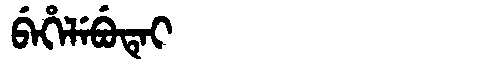
Manchu: ᠪᡝᡥᡝᠯᡝᠪᡠᡨᡝᡳ
Romanization: BEHELEBUTEI